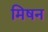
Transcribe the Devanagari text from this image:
मिषन